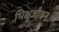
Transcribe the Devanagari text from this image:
भिक्षुजीवन